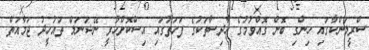
ސްރީލަންކާގައި ހިންގި ބޮން ގޮއްވުމުގެ ހާދިސާތަކުގެ ފަހަތުގައި އިސްކޮށްހުރީ ނޭޝަނަލް ތައުހީދު ޖަމާއަތް